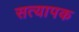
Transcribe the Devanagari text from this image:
सत्यापक